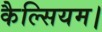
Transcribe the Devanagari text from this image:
कैल्सियम।